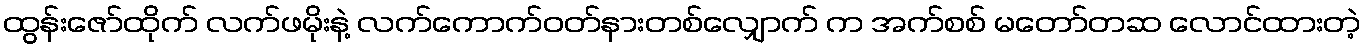
ထွန်းဇော်ထိုက် လက်ဖမိုးနဲ့ လက်ကောက်ဝတ်နားတစ်လျှောက် က အက်စစ် မတော်တဆ လောင်ထားတဲ့